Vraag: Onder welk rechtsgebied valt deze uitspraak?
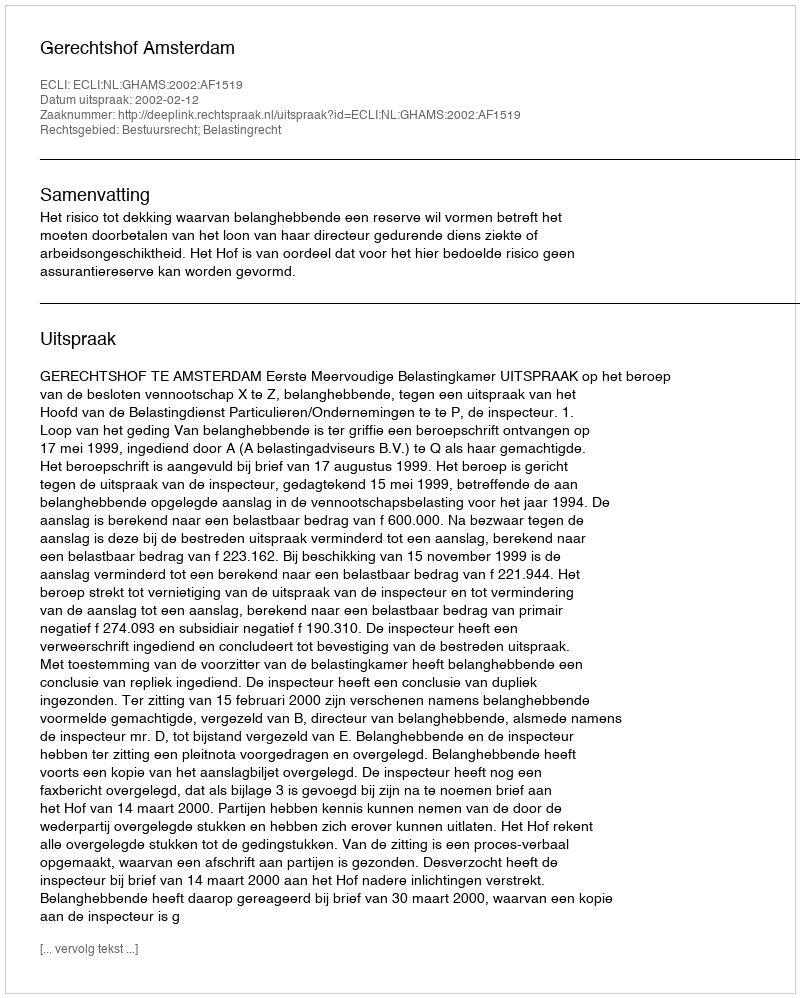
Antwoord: Bestuursrecht; Belastingrecht